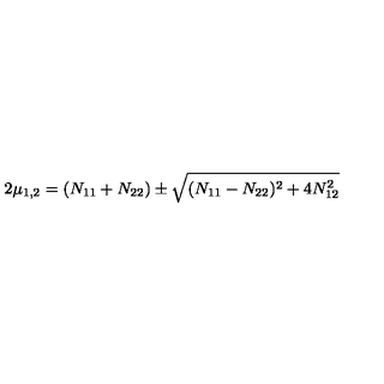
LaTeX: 2 \mu _ { 1 , 2 } = ( N _ { 1 1 } + N _ { 2 2 } ) \pm \sqrt { ( N _ { 1 1 } - N _ { 2 2 } ) ^ { 2 } + 4 N _ { 1 2 } ^ { 2 } }